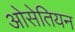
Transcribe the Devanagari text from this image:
ओसेतियन